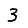
Digit: 3